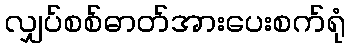
လျှပ်စစ်ဓာတ်အားပေးစက်ရုံ